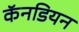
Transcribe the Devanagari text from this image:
कॅनडियन